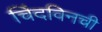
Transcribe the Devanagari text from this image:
चिंदविनची